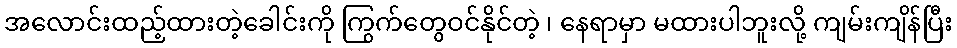
အလောင်းထည့်ထားတဲ့ခေါင်းကို ကြွက်တွေဝင်နိုင်တဲ့ ၊ နေရာမှာ မထားပါဘူးလို့ ကျမ်းကျိန်ပြီး